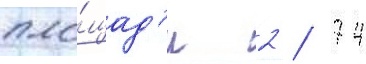
пло́щад'и 2 / 74